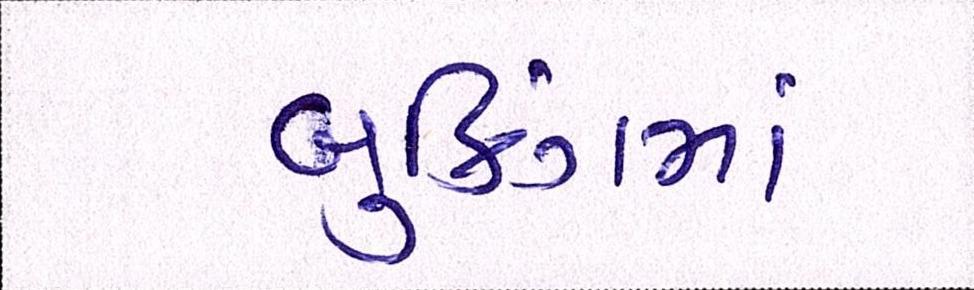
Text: બુકિંગમાં